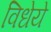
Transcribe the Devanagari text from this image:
विधेये